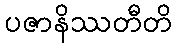
ပဇာနိဿတီတိ